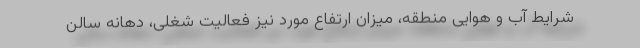
شرایط آب و هوایی منطقه، میزان ارتفاع مورد نیز فعالیت شغلی، دهانه سالن